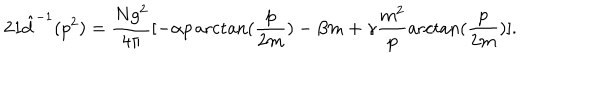
2 1 \hat { d } ^ { - 1 } ( p ^ { 2 } ) = \frac { N g ^ { 2 } } { 4 \pi } [ - \alpha p \operatorname { a r c t a n } ( \frac { p } { 2 m } ) - \beta m + \gamma \frac { m ^ { 2 } } { p } \operatorname { a r c t a n } ( \frac { p } { 2 m } ) ] .